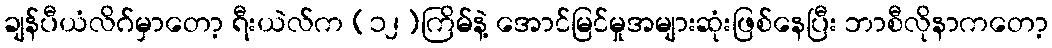
ချန်ပီယံလိဂ်မှာတော့ ရီးယဲလ်က (၁၂)ကြိမ်နဲ့ အောင်မြင်မှုအများဆုံးဖြစ်နေပြီး ဘာစီလိုနာကတော့